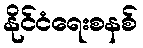
နိုင်ငံရေးစနစ်